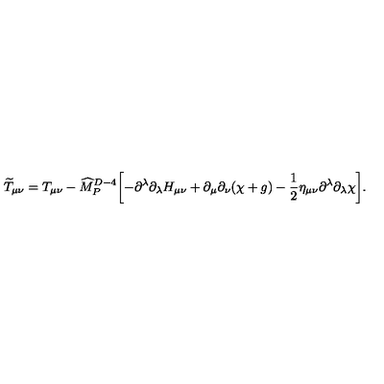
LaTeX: { \widetilde T } _ { \mu \nu } = T _ { \mu \nu } - { \widehat M } _ { P } ^ { D - 4 } \biggl [ - \partial ^ { \lambda } \partial _ { \lambda } H _ { \mu \nu } + \partial _ { \mu } \partial _ { \nu } ( \chi + g ) - { \frac { 1 } { 2 } } \eta _ { \mu \nu } \partial ^ { \lambda } \partial _ { \lambda } \chi \biggr ] .